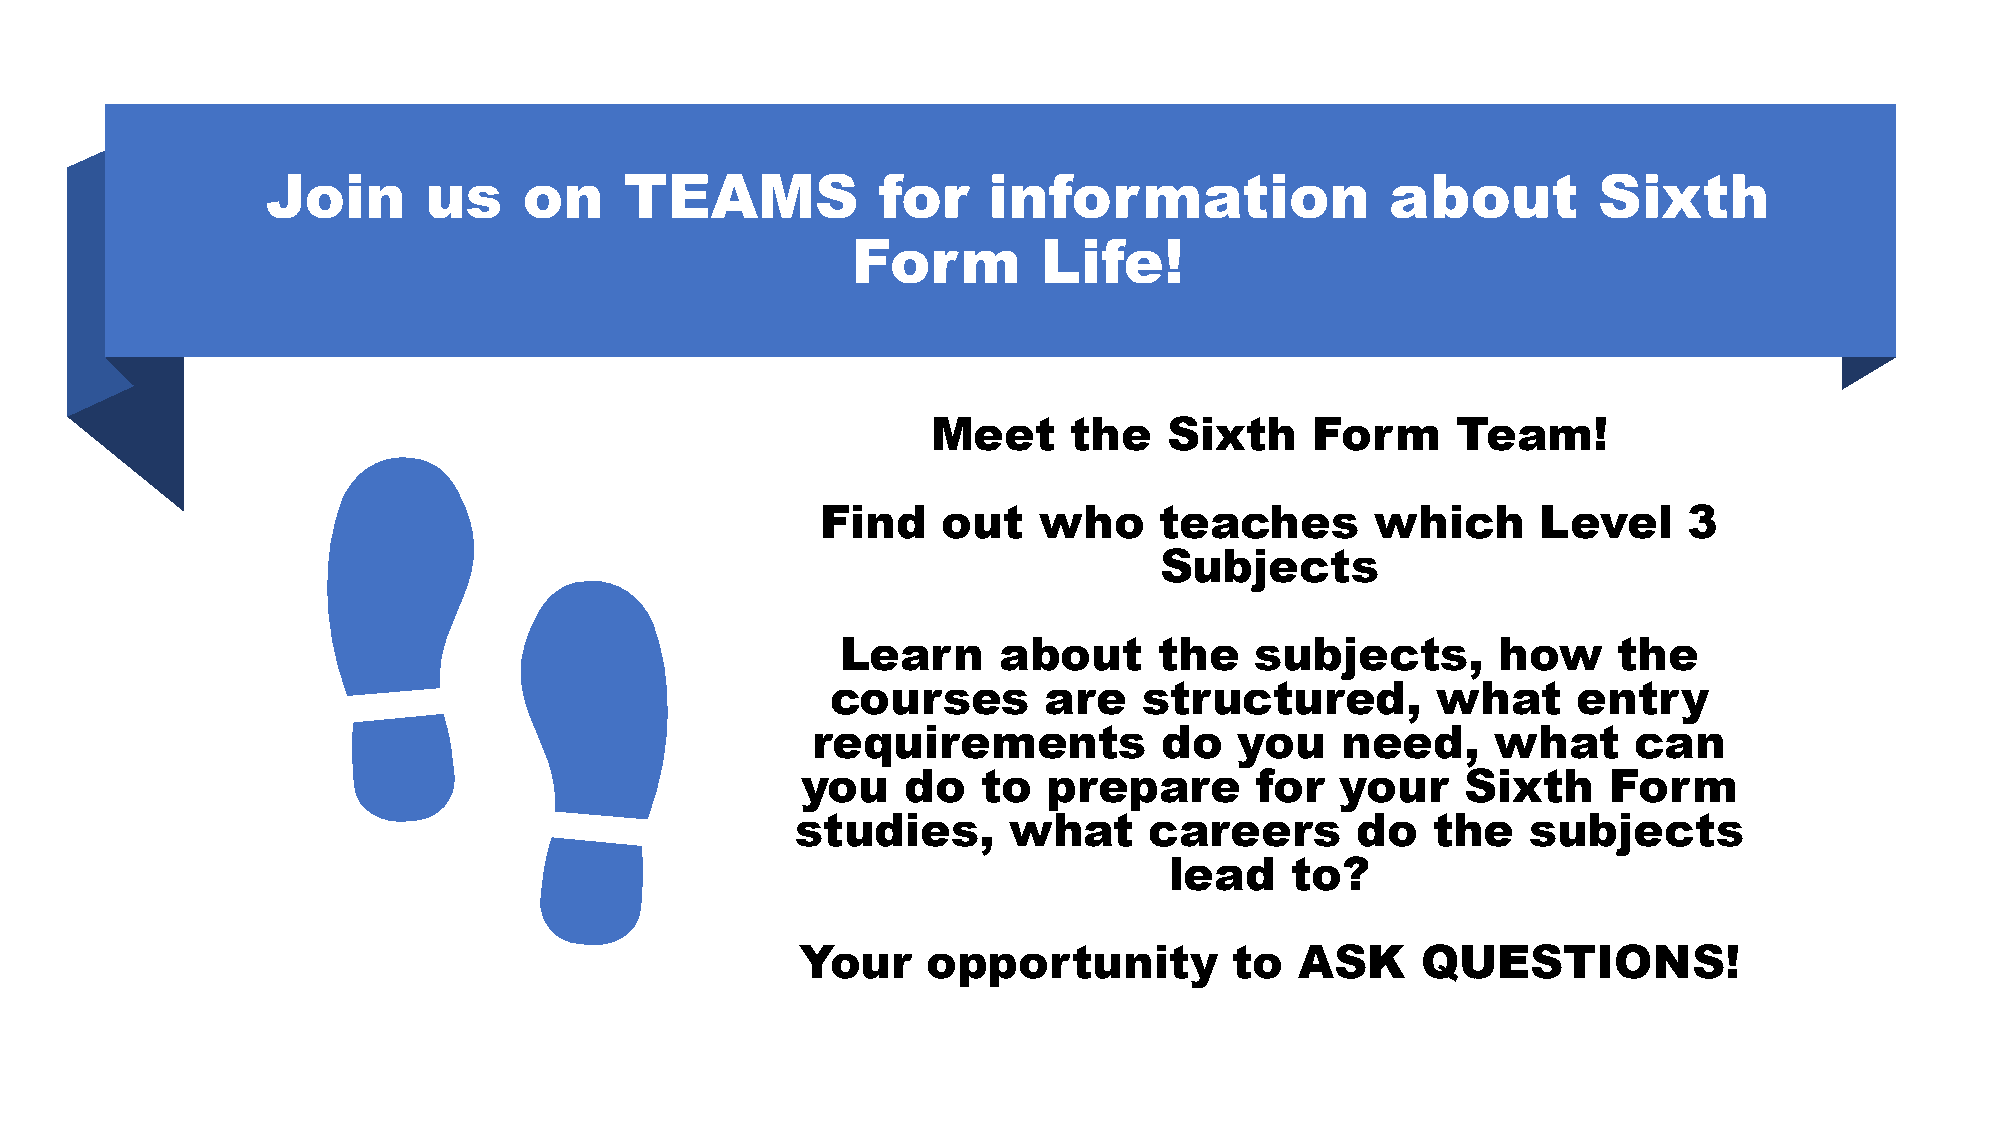
Join      us     on    TEAMS            for    information                about         Sixth
 Form         Life!
 Meet     the   Sixth     Form     Team!
 Find    out    who     teaches       which      Level     3
 Subjects
 Learn     about      the   subjects,       how     the
 courses       are    structured,        what     entry
 requirements           do   you    need,     what     can
 you    do   to  prepare       for   your    Sixth    Form
 studies,      what     careers       do   the   subjects
 lead    to?
 Your    opportunity          to  ASK     QUESTIONS!